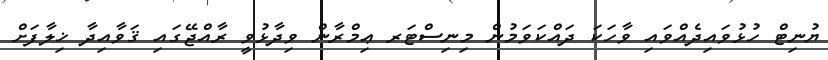
ޔުނިޓް ހުޅުވައިދެއްވައި ވާހަކަ ދައްކަވަމުން މިނިސްޓަރ ޢިމްރާން ވިދާޅުވީ ރާއްޖޭގައި ޤަވާއިދާ ޚިލާފަށް